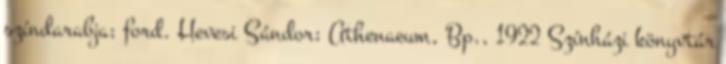
színdarabja; ford. Hevesi Sándor; Athenaeum, Bp., 1922 Színházi könyvtár